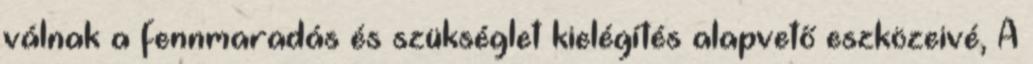
válnak a fennmaradás és szükséglet kielégítés alapvető eszközeivé, A